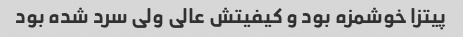
پیتزا خوشمزه بود و کیفیتش عالی ولی سرد شده بود